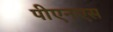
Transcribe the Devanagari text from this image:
पीएनएस